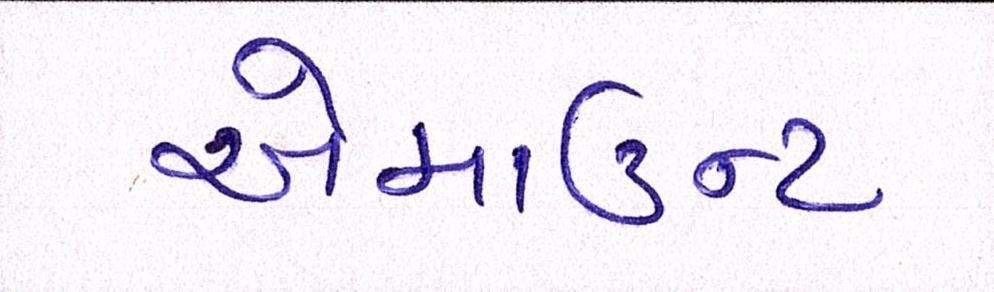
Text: એમાઉન્ટ